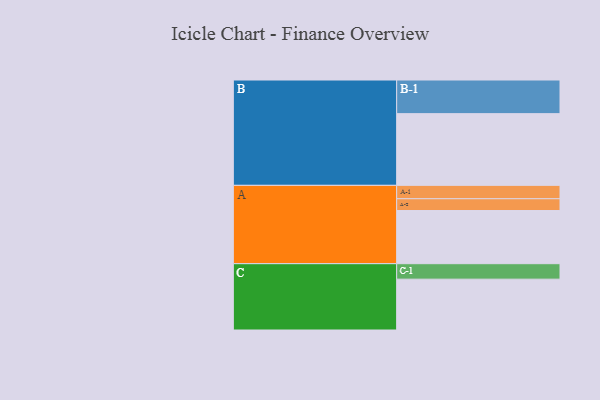
{"axis": {"x": "Segment", "y": "Value"}, "legend": ["", "A", "B", "C"], "data": [{"x": "A", "y": 433, "type": ""}, {"x": "B", "y": 584, "type": ""}, {"x": "C", "y": 414, "type": ""}, {"x": "A-1", "y": 109, "type": "A"}, {"x": "A-2", "y": 96, "type": "A"}, {"x": "B-1", "y": 274, "type": "B"}, {"x": "C-1", "y": 126, "type": "C"}]}